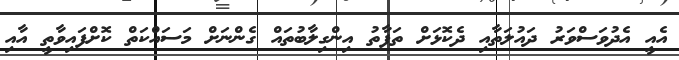
އެއީ އެދުވަސްވަރު ދައުލަތާއި ދެކޮޅަށް ތަފާތު އިންގިލާބުތައް ގެންނަށް މަސައްކަތް ކޮށްފައިވާތީ އާއި